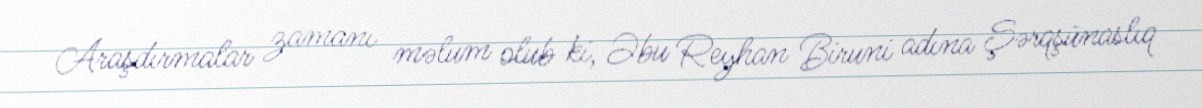
Araşdırmalar zamanı məlum olub ki, Əbu Reyhan Biruni adına Şərqşünaslıq